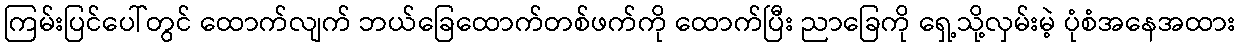
ကြမ်းပြင်ပေါ်တွင် ထောက်လျက် ဘယ်ခြေထောက်တစ်ဖက်ကို ထောက်ပြီး ညာခြေကို ရှေ့သို့လှမ်းမဲ့ ပုံစံအနေအထား